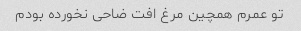
تو عمرم همچین مرغ افت ضاحی نخورده بودم